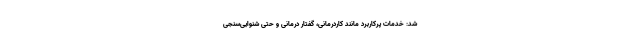
شد: خدمات پرکاربرد مانند کاردرمانی، گفتار درمانی و حتی شنوایی‌سنجی